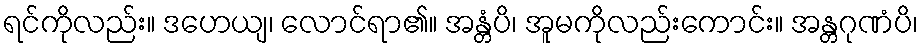
ရင်ကိုလည်း။ ဒဟေယျ၊ လောင်ရာ၏။ အန္တံပိ၊ အူမကိုလည်းကောင်း။ အန္တဂုဏံပိ၊